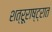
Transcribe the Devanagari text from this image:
शत्रूराष्ट्रात